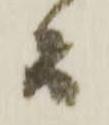
而